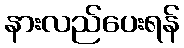
နားလည်ပေးရန်